Indian journal of veterinary science and animal husbandry - Volumes 18-21, 1948-1951
Year: 1948
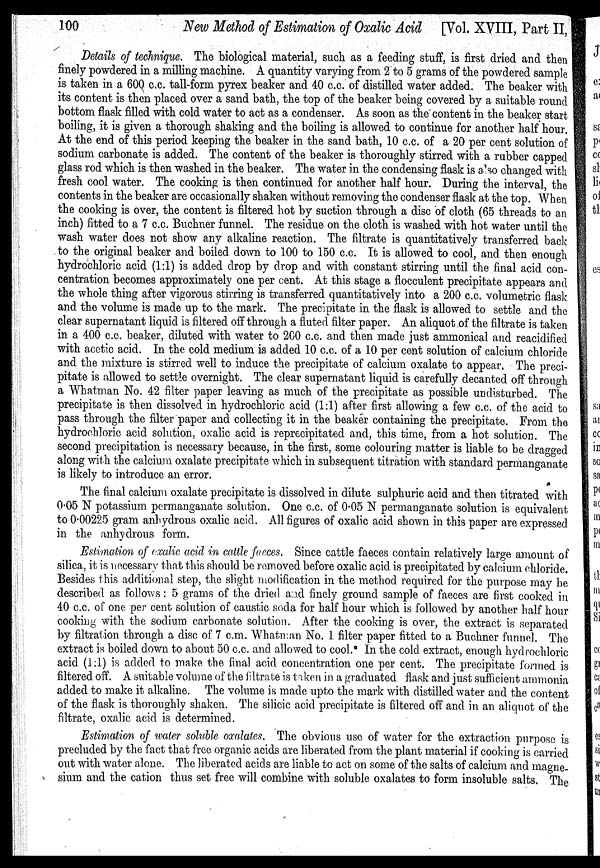
100
New Method of Estimation of Oxalic Acid [Vol. XVIII, Part II,
Details of technique. The biological material, such as a feeding stuff, is first dried and then
finely powdered in a milling machine. A quantity varying from 2 to 5 grams of the powdered sample
is taken in a 600 c.c. tall-form pyrex beaker and 40 c.c. of distilled water added. The beaker with
its content is then placed over a sand bath, the top of the beaker being covered by a suitable round
bottom flask filled with cold water to act as a condenser. As soon as the content in the beaker start
boiling, it is given a thorough shaking and the boiling is allowed to continue for another half hour.
At the end of this period keeping the beaker in the sand bath, 10 c.c. of a 20 per cent solution of
sodium carbonate is added. The content of the beaker is thoroughly stirred with a rubber capped
glass rod which is then washed in the beaker. The water in the condensing flask is also changed with
fresh cool water. The cooking is then continued for another half hour. During the interval, the
contents in the beaker are occasionally shaken without removing the condenser flask at the top. When
the cooking is over, the content is filtered hot by suction through a disc of cloth (65 threads to an
inch) fitted to a 7 c.c. Buchner funnel. The residue on the cloth is washed with hot water until the
wash water does not show any alkaline reaction. The filtrate is quantitatively transferred back
to the original beaker and boiled down to 100 to 150 c.c. It is allowed to cool, and then enough
hydrochloric acid (1:1) is added drop by drop and with constant stirring until the final acid con-
centration becomes approximately one per cent. At this stage a flocculent precipitate appears and
the whole thing after vigorous stirring is transferred quantitatively into a 200 c.c. volumetric flask
and the volume is made up to the mark. The precipitate in the flask is allowed to settle and the
clear supernatant liquid is filtered off through a fluted filter paper. An aliquot of the filtrate is taken
in a 400 c.c. beaker, diluted with water to 200 c.c. and then made just ammonical and reacidified
with acetic acid. In the cold medium is added 10 c.c. of a 10 per cent solution of calcium chloride
and the mixture is stirred well to induce the precipitate of calcium oxalate to appear. The preci-
pitate is allowed to settle overnight. The clear supernatant liquid is carefully decanted off through
a Whatman No. 42 filter paper leaving as much of the precipitate as possible undisturbed. The
precipitate is then dissolved in hydrochloric acid (1:1) after first allowing a few c.c. of the acid to
pass through the filter paper and collecting it in the beaker containing the precipitate. From the
hydrochloric acid solution, oxalic acid is reprecipitated and, this time, from a hot solution. The
second precipitation is necessary because, in the first, some colouring matter is liable to be dragged
along with the calcium oxalate precipitate which in subsequent titration with standard permanganate
is likely to introduce an error.
The final calcium oxalate precipitate is dissolved in dilute sulphuric acid and then titrated with
0.05 N potassium permanganate solution. One c.c. of 0.05 N permanganate solution is equivalent
to 0.00225 gram anhydrous oxalic acid. All figures of oxalic acid shown in this paper are expressed
in the anhydrous form.
Estimation of oxalic acid in cattle faeces. Since cattle faeces contain relatively large amount of
silica, it is necessary that this should be removed before oxalic acid is precipitated by calcium chloride.
Besides this additional step, the slight modification in the method required for the purpose may be
described as follows: 5 grams of the dried and finely ground sample of faeces are first cooked in
40 c.c. of one per cent solution of caustic soda for half hour which is followed by another half hour
cooking with the sodium carbonate solution. After the cooking is over, the extract is separated
by filtration through a disc of 7 c.m. Whatman No. 1 filter paper fitted to a Buchner funnel. The
extract is boiled down to about 50 c.c. and allowed to cool. In the cold extract, enough hydrochloric
acid (1:1) is added to make the final acid concentration one per cent. The precipitate formed is
filtered off. A suitable volume of the filtrate is taken in a graduated flask and just sufficient ammonia
added to make it alkaline. The volume is made upto the mark with distilled water and the content
of the flask is thoroughly shaken. The silicic acid precipitate is filtered off and in an aliquot of the
filtrate, oxalic acid is determined.
Estimation of water soluble oxalates. The obvious use of water for the extraction purpose is
precluded by the fact that free organic acids are liberated from the plant material if cooking is carried
out with water alone. The liberated acids are liable to act on some of the salts of calcium and magne-
sium and the cation thus set free will combine with soluble oxalates to form insoluble salts. The